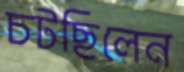
চটছিলেন